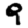
Digit: 9